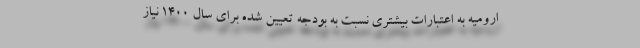
ارومیه به اعتبارات بیشتری نسبت به بودجه تعیین شده برای سال ۱۴۰۰ نیاز